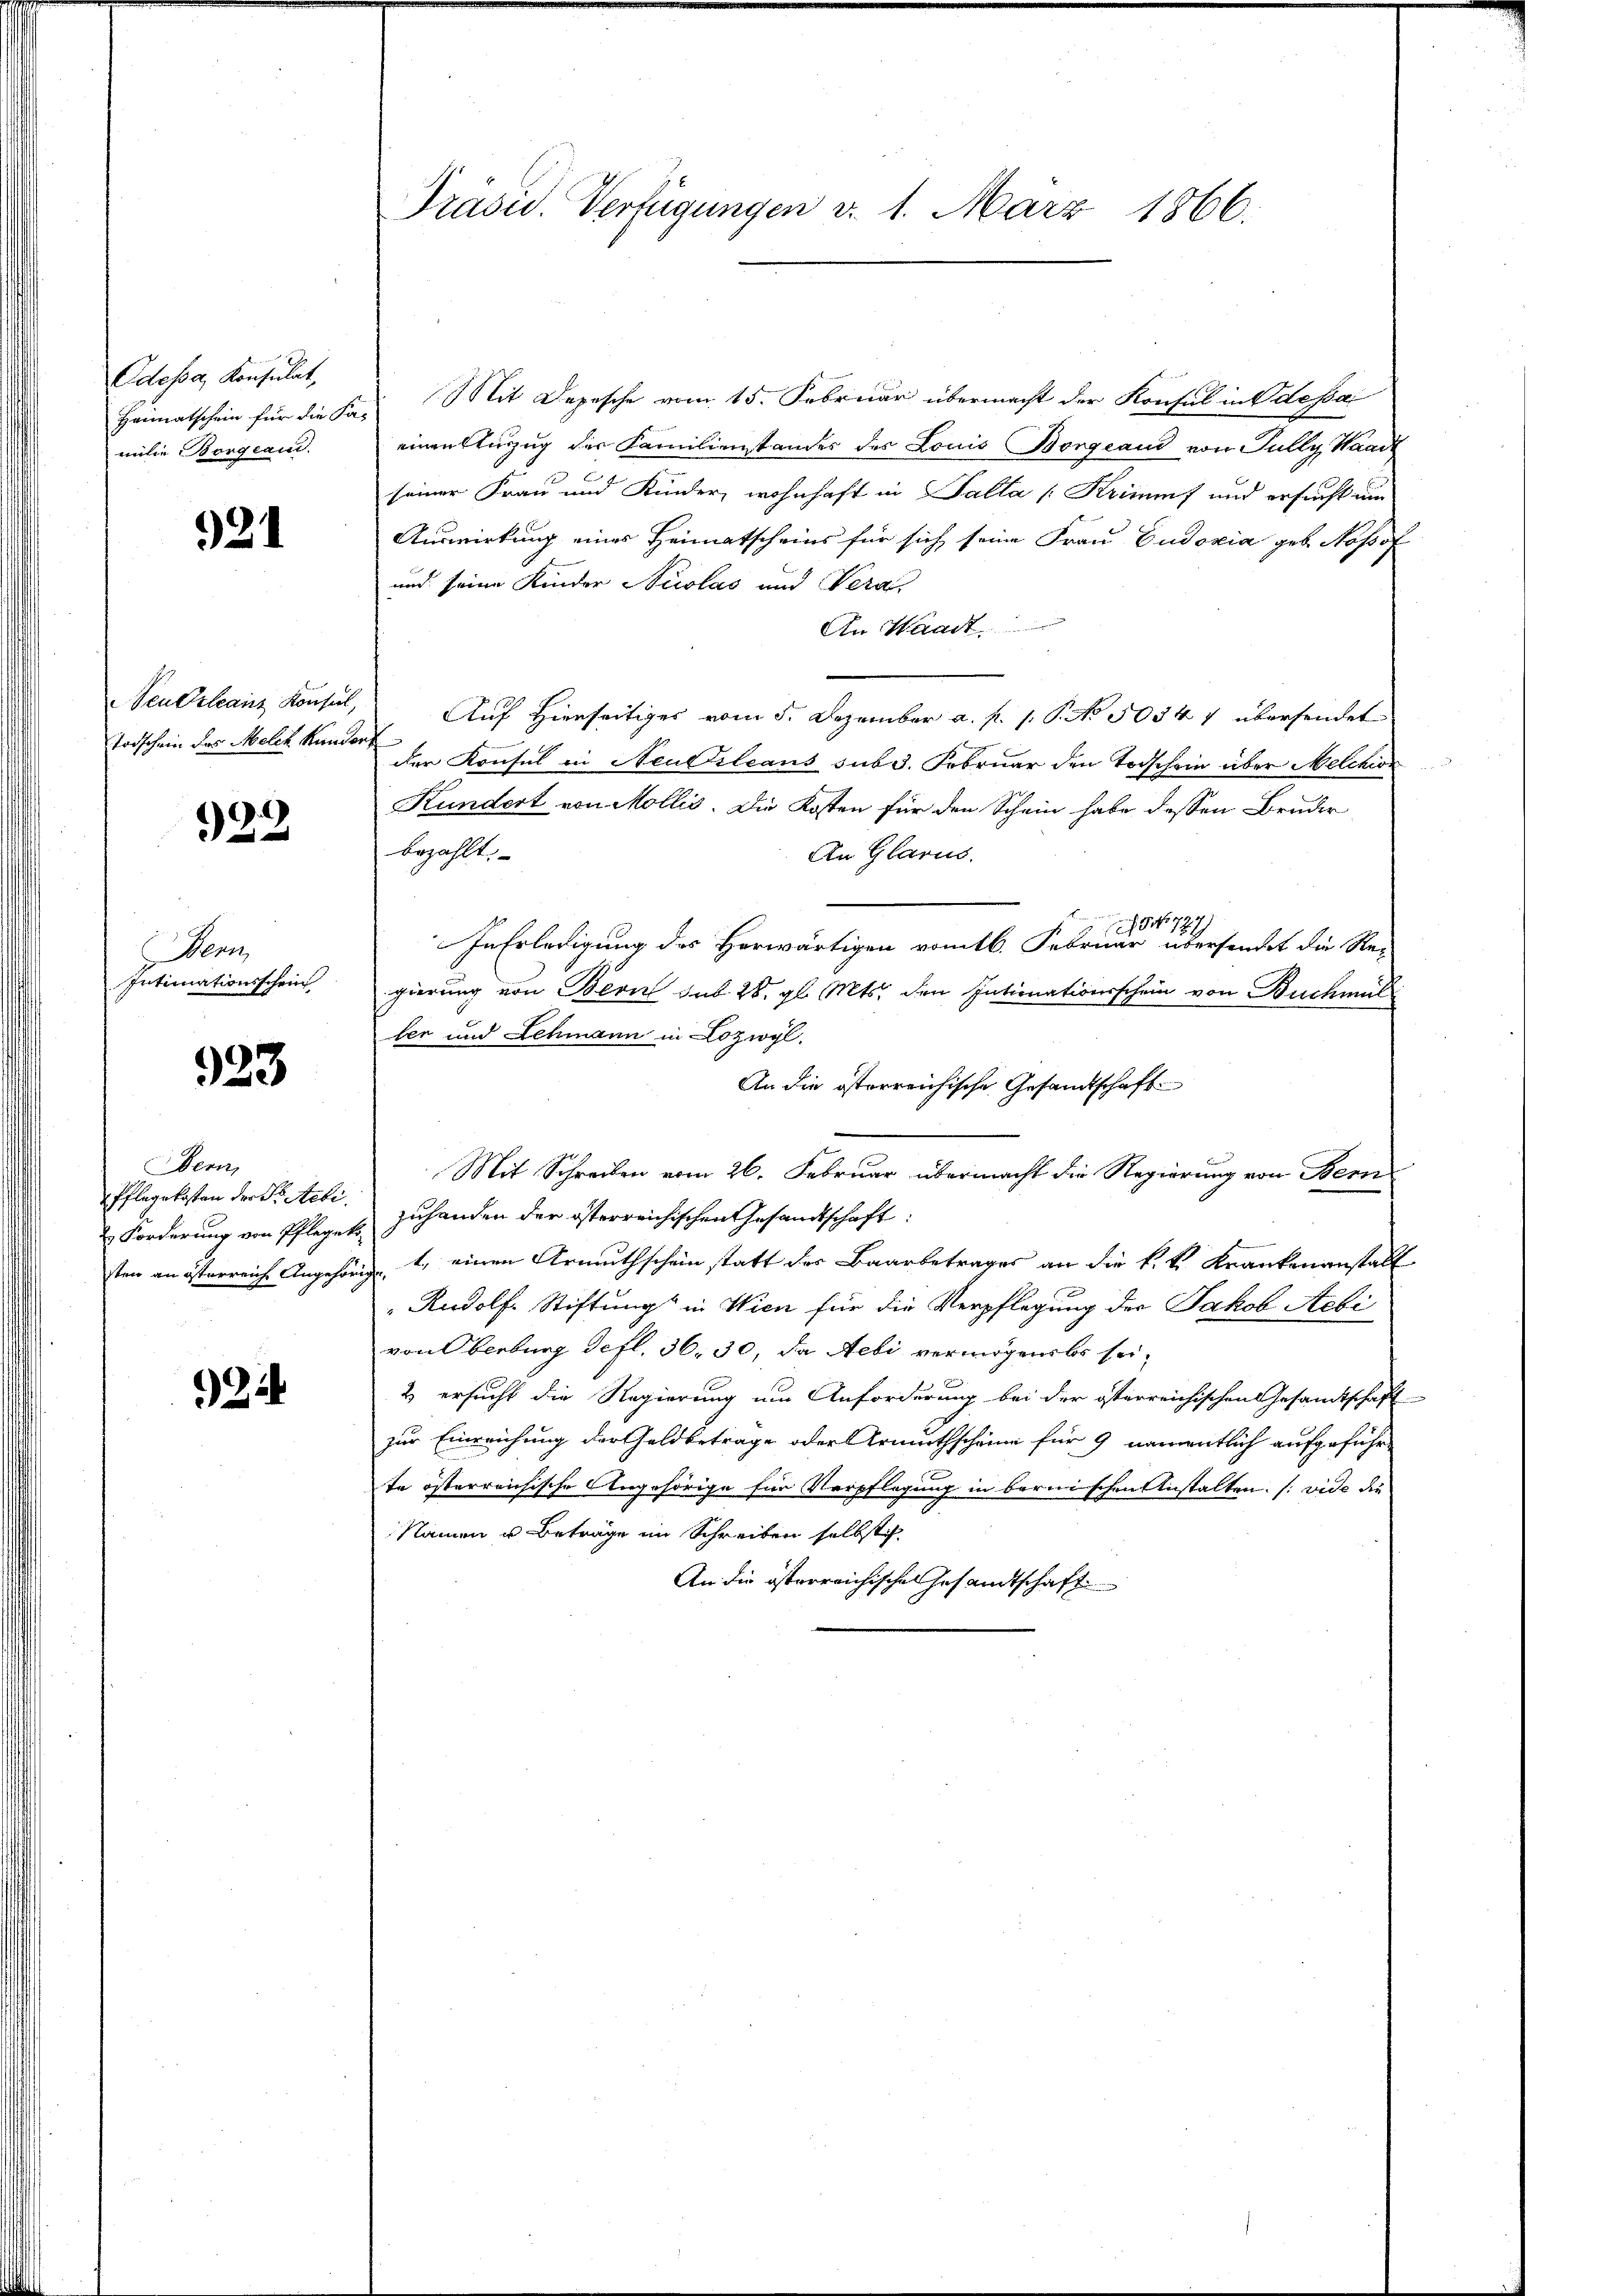
Odepa, Konsulat,
Heimatschein für die So
milie Borgean

921

Neu Orleanz Konsul,
Todschein des Melix Kunder

922

Meen
Intimationsschein

923

Bern,
Pflegekosten der Prebi.
Forderung von Pfleget
sten an österreiche Angehör

2

Präsid. Verfügungen d. 1. März 1866.

Mit Depesche vom 15. Februar übermacht der Konsul in Odessai
einen zuzug der Familienstandes des Louis Borgeaud von Pully, Waadt
seiner Frau und Kinder, wohnhaft in Salla [Krimms und ersucht um
Auswirkung eines Heimatscheins für sich seine Frau Gudoxia geb. Nopof
und seine Kinder Nicolas und Vera
An Waadt
Auf Hierseitiges vom 5. Dezember a. p. p. P. No 50347 übersendet
.
der Konsul in Neubtileans sub 3. Februar den Todschein über Melchior
Kundert von Mollis. Die Kosten für den Schein habe dessen Bruder
bezahlt,
An Glarus.
04. 727.
In Erledigung des Herwärtigen vom 16. Februar übersendet die Re-
gierung von Bern sub. 28. gl. Mts. den Intimationsschein von Buchmal
ler und Lehmann in Lozwyl.
An die österreichische Gesandtschaft
Mit Schreiben vom 26. Februar übermacht die Regierung von Bern
zuhanden der österreichischen Gesandtschaft:
t, einen Armuthschein statt der Baarbetrages an die k. k. Krankenanstalt
Rudolf Stiftung in Wien für die Verpflegung der Jakob Aebi
von Oberburg defl. 36. 30, da Aebi vermögens bis sei¬
2 ersucht die Regierung um Anforderung bei der österreichischen Gesandtschaft
zur Einreichung der Geldbetrage oder Urmirthschäume für 9 namentlich aufgeführte österreichische Angehörige für Verpflegung in bernischen Anstalten. (vide die
Namen u. Beträge im Schreiben selbstif
An die österreichisches Gesandtschaft